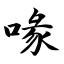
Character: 喙